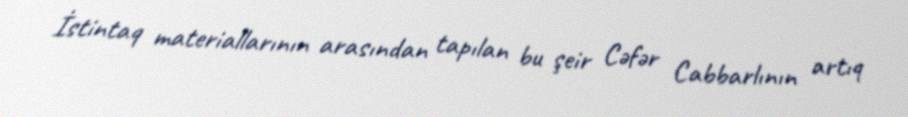
İstintaq materiallarının arasından tapılan bu şeir Cəfər Cabbarlının artıq